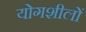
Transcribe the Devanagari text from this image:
योगशीलों